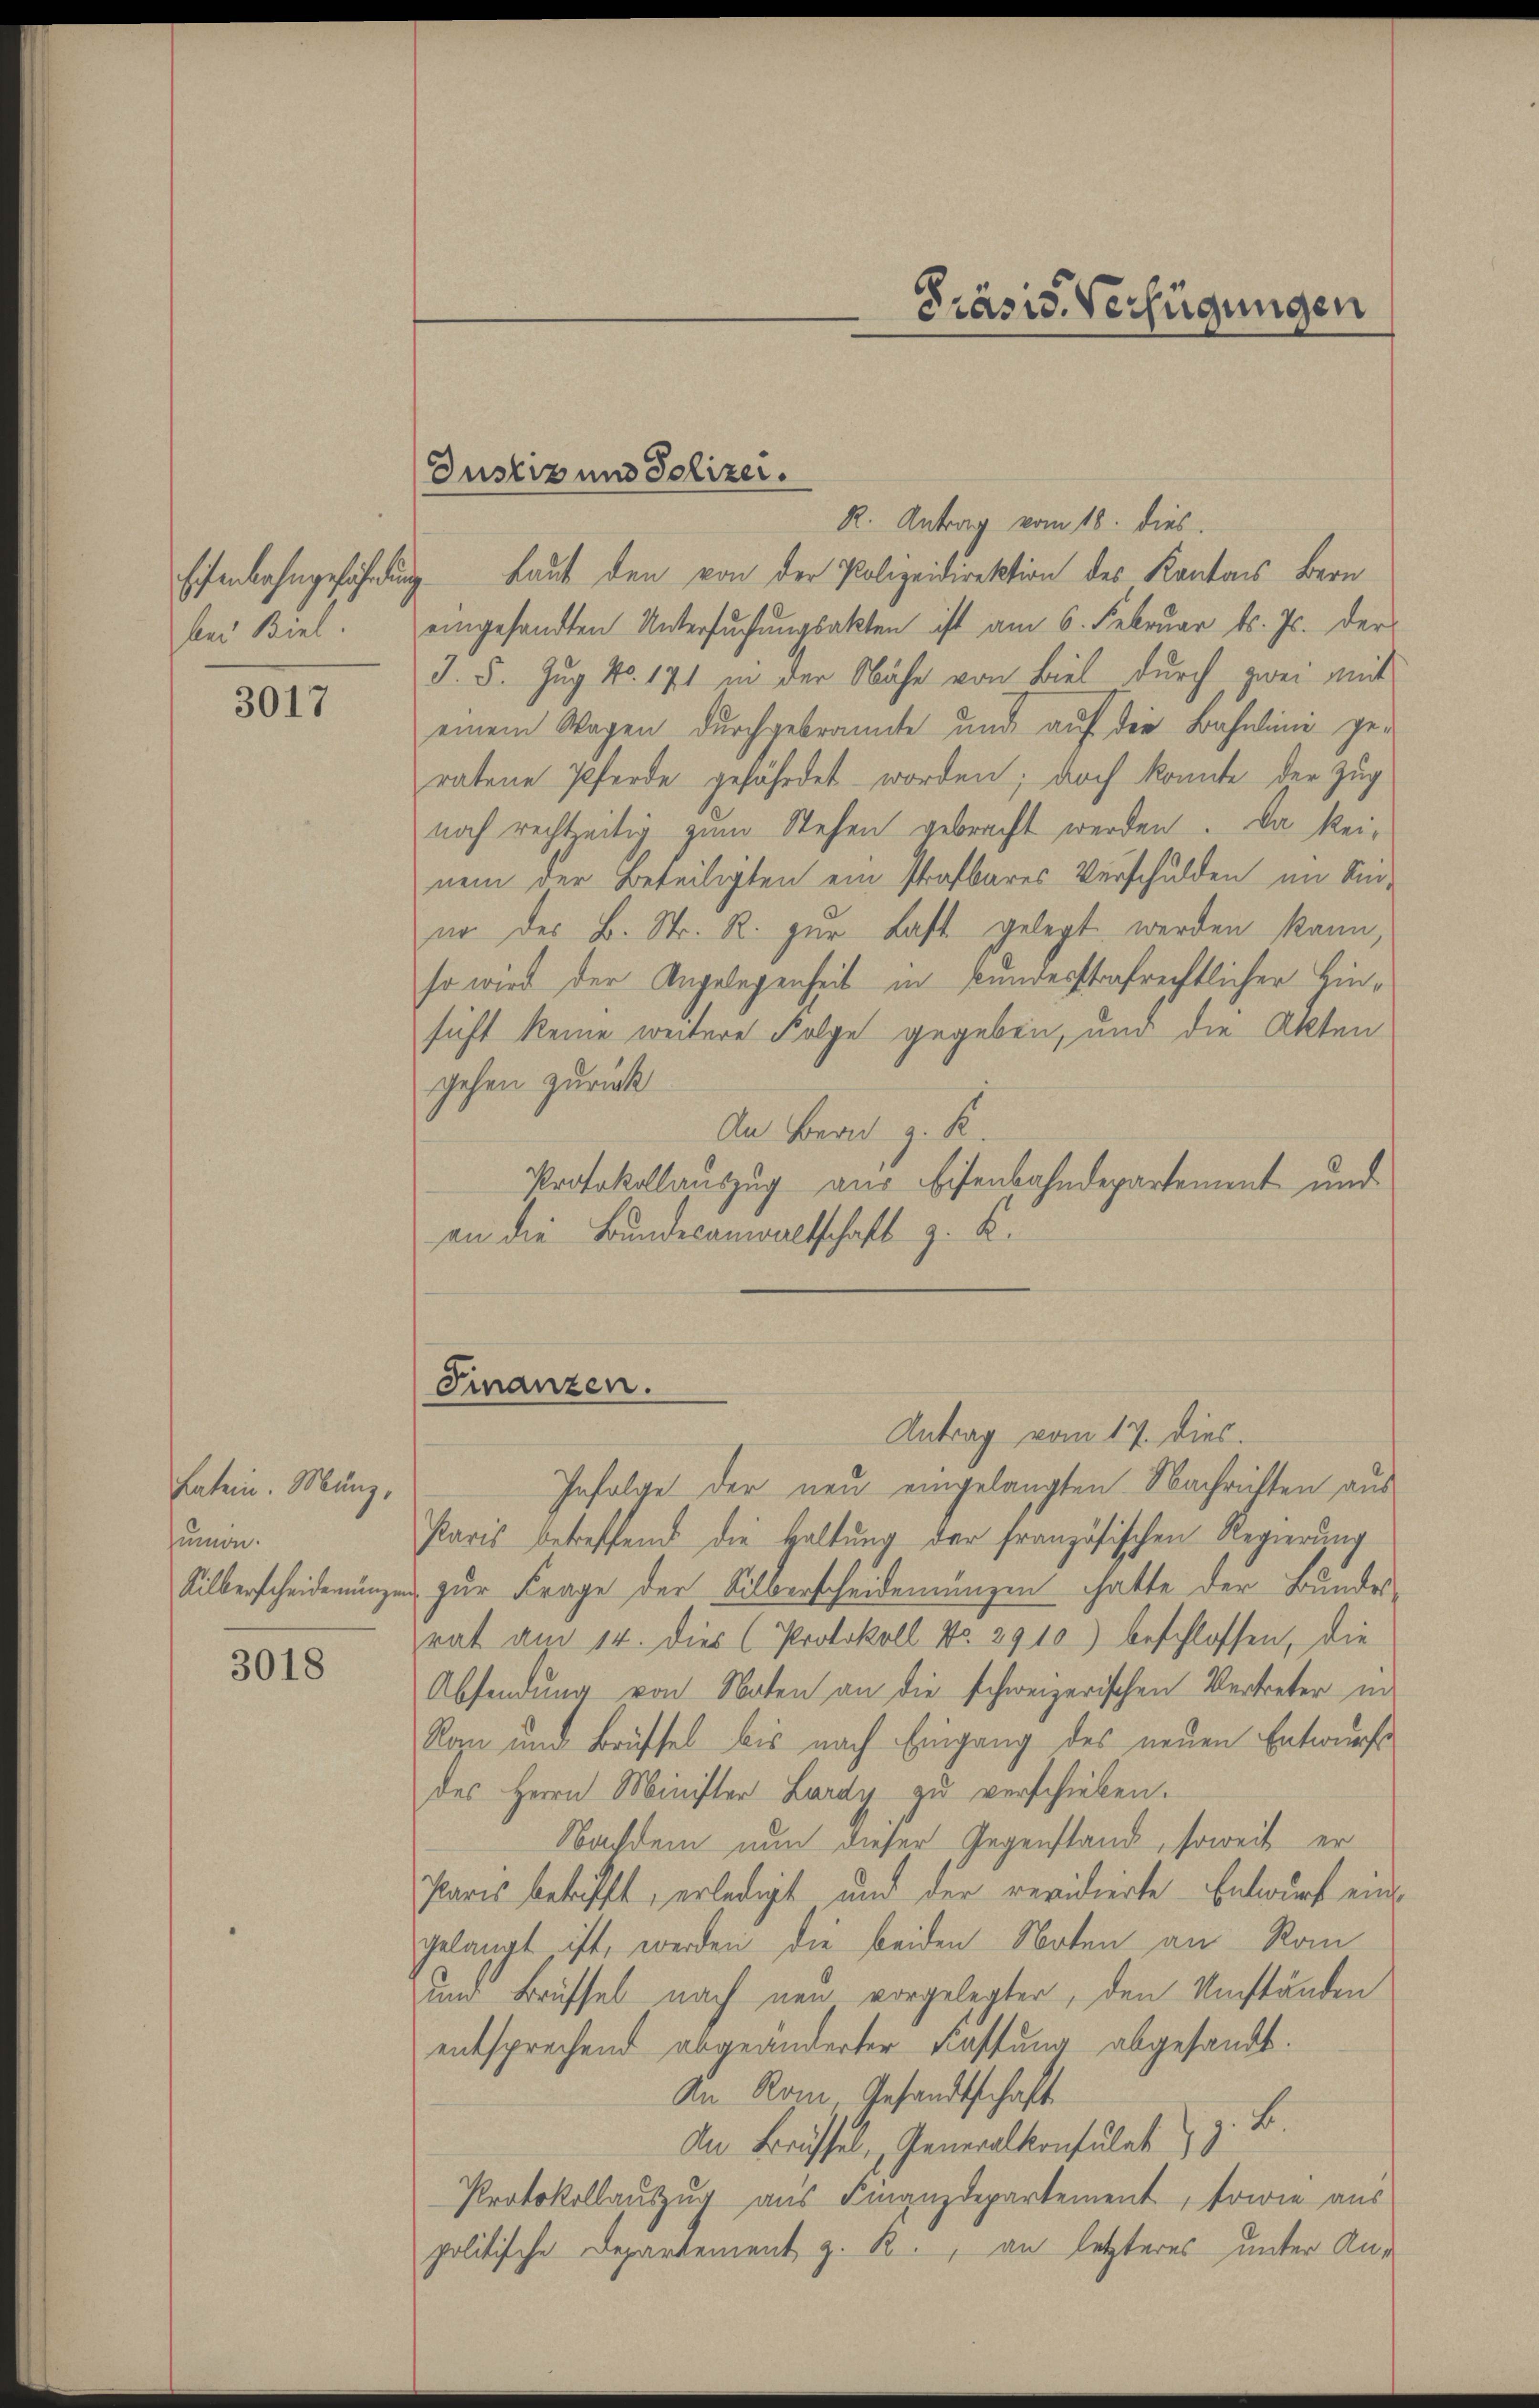
Eisenbahngefährdung
bei Biel.

3017

Latein. Munz,
sumon.
Silberscheidenunge

3018

Justiz und Polizei.

Präsid. Verfügungen

R. Antrag vom 18. dies
 Laut den von der Polizeidirektion des Kantons Bern
eingesandten Untersŭchŭngsakten ist am 6. Februar d. Js. der
J. 5. Zug No. 171 in der Nähe von Biel durch zwei mit
einem Wagen durchgebrannte und auf der Bahnline ge-
ratene Pferde gefährdet worden; doch konnte der Zug
noch rechtzeitig zum Stehen gebracht werden. Da keinem der Beteiligten ein strafbares Verschulden im Sin-
nr der B. Str. R. zur Last gelegt werden kann,
so wird der Angelegenheit in kundesstrafrechtlicher Hinsicht keine weitere Folge gegeben, und die Akten
gehen zurück
An Bern z. K
Protokollauszug aus Eisenbahndepartement und
an die Bundesanwaltschaft z. K.
Finanzen.
Antrag vom 17. dies
Infolge der neu eingelangten Nachrichten aus
Paris betreffend die Haltung der französischen Regierung
zur Frage der Silberscheidenungen hatte der Bundes-
rat am 14. dies (Protokoll No. 2910) beschlossen, die
Absendung von Noten an die schweizerischen Vertreter in
Rozu und Brüffel bis nach Eingang des neuen Entwurfs
des Herrn Minister Lardy zu verschieben.
Nachdem nun dieser Gegenstand, soweit er
Paris betrifft, erledigt und der revidierte Entwurf eingelangt ist, werden die beiden Noten an Ron
und Brüssel nach neu vorgelegter, den Umständen
entsprechend abgeänderter Fassung abgesandt.
An Rom Gesandtschaft
An Brüssel, Generalkonsulat z. B
Protokollauszug aus Finanzdepartement, sowie aus
politische Departement z. R., an letzteres unter An¬